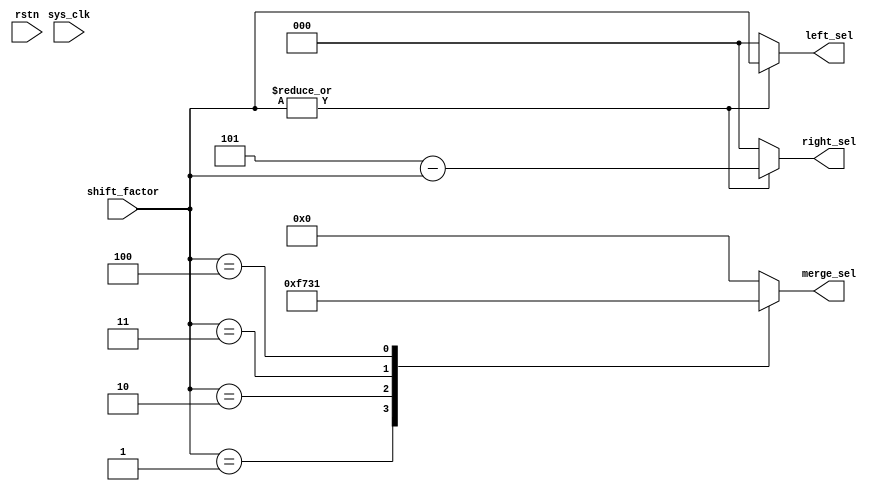
module qsn_controller_len5 #(
	parameter [$clog2(5)-1:0] PERMUTATION_LENGTH = 5
) (
	output wire [2:0] left_sel,
	output wire [2:0] right_sel,
	output wire [3:0] merge_sel,
	input wire [2:0] shift_factor,
	input wire rstn,
	input wire sys_clk
);

	wire shifter_nonzero;
	assign shifter_nonzero = (|shift_factor[2:0]);

	assign left_sel[2:0] = (shifter_nonzero == 1'b1) ? shift_factor[2:0] : 0;
	assign right_sel[2:0] = (shifter_nonzero == 1'b1) ? 5-shift_factor[2:0] : 0;
	assign merge_sel[3:0] = f(shift_factor[2:0]);
	function [3:0] f(input [2:0] shift_in);
		case(shift_in[2:0])
			1	:	 f[3:0] = 4'b1111;
			2	:	 f[3:0] = 4'b0111;
			3	:	 f[3:0] = 4'b0011;
			4	:	 f[3:0] = 4'b0001;
			default	:	f[3:0] = 0;
		endcase // shift_factor
	endfunction
endmodule